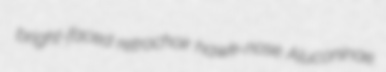
bright-faced retrochoir hawk-nose Aluconinae